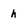
Character: h